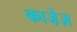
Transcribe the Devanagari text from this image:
काजे़ज़